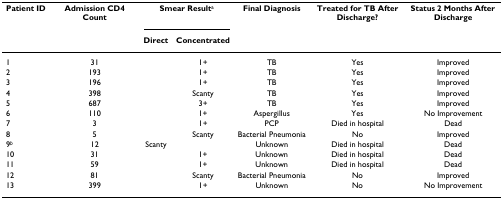
<table><thead><tr><td><b>Patient ID</b></td><td><b>Admission CD4 Count</b></td><td colspan="2"><b>Smear Result<sup>a</sup></b></td><td><b>Final Diagnosis</b></td><td><b>Treated for TB After Discharge?</b></td><td><b>Status 2 Months After Discharge</b></td></tr><tr><td></td><td></td><td><b>Direct</b></td><td><b>Concentrated</b></td><td></td><td></td><td></td></tr></thead><tbody><tr><td>1</td><td>31</td><td></td><td>1+</td><td>TB</td><td>Yes</td><td>Improved</td></tr><tr><td>2</td><td>193</td><td></td><td>1+</td><td>TB</td><td>Yes</td><td>Improved</td></tr><tr><td>3</td><td>196</td><td></td><td>1+</td><td>TB</td><td>Yes</td><td>Improved</td></tr><tr><td>4</td><td>398</td><td></td><td>Scanty</td><td>TB</td><td>Yes</td><td>Improved</td></tr><tr><td>5</td><td>687</td><td></td><td>3+</td><td>TB</td><td>Yes</td><td>Improved</td></tr><tr><td>6</td><td>110</td><td></td><td>1+</td><td>Aspergillus</td><td>Yes</td><td>No Improvement</td></tr><tr><td>7</td><td>3</td><td></td><td>1+</td><td>PCP</td><td>Died in hospital</td><td>Dead</td></tr><tr><td>8</td><td>5</td><td></td><td>Scanty</td><td>Bacterial Pneumonia</td><td>No</td><td>Improved</td></tr><tr><td>9<sup><i>b</i></sup></td><td>12</td><td>Scanty</td><td></td><td>Unknown</td><td>Died in hospital</td><td>Dead</td></tr><tr><td>10</td><td>31</td><td></td><td>1+</td><td>Unknown</td><td>Died in hospital</td><td>Dead</td></tr><tr><td>11</td><td>59</td><td></td><td>1+</td><td>Unknown</td><td>Died in hospital</td><td>Dead</td></tr><tr><td>12</td><td>81</td><td></td><td>Scanty</td><td>Bacterial Pneumonia</td><td>No</td><td>Improved</td></tr><tr><td>13</td><td>399</td><td></td><td>1+</td><td>Unknown</td><td>No</td><td>No Improvement</td></tr></tbody></table>